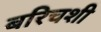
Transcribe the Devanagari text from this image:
बरिचशी